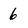
Character: 6